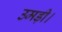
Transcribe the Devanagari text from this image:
उमड़ी।